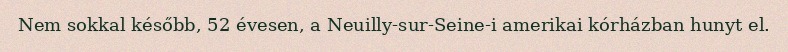
Nem sokkal később, 52 évesen, a Neuilly-sur-Seine-i amerikai kórházban hunyt el.